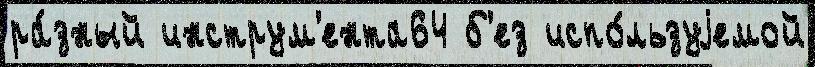
ра́зный инструм'ента64 б'ез испо́льзуjемой